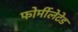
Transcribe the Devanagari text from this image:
फोर्मीलेटेड